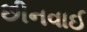
છીનવાઈ